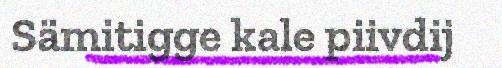
Sämitigge kale piivdij